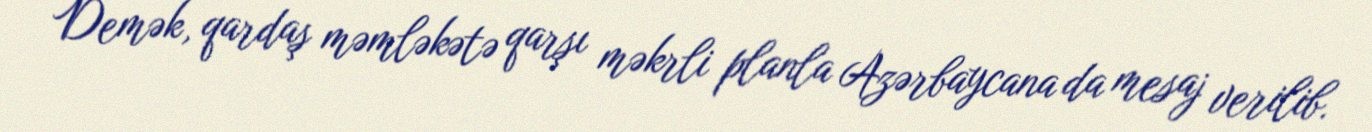
Demək, qardaş məmləkətə qarşı məkrli planla Azərbaycana da mesaj verilib.